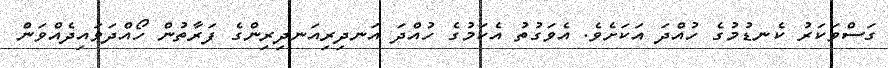
ގަސްވަކަރު ކެނޑުމުގެ ހުއްދަ އަކަށެވެ. އެވަގުތު އެކަމުގެ ހުއްދަ އަނދިރިއަނދިރިންގެ ފަރާތުން ހޯއްދަވައިދެއްވަން